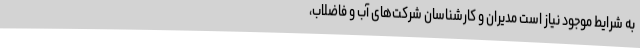
به شرایط موجود نیاز است مدیران و کارشناسان شرکت‌های آب و فاضلاب،